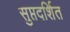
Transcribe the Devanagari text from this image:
सुप्तदर्शित